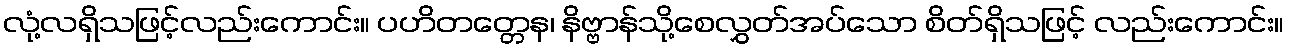
လုံ့လရှိသဖြင့်လည်းကောင်း။ ပဟိတတ္တေန၊ နိဗ္ဗာန်သို့စေလွှတ်အပ်သော စိတ်ရှိသဖြင့် လည်းကောင်း။